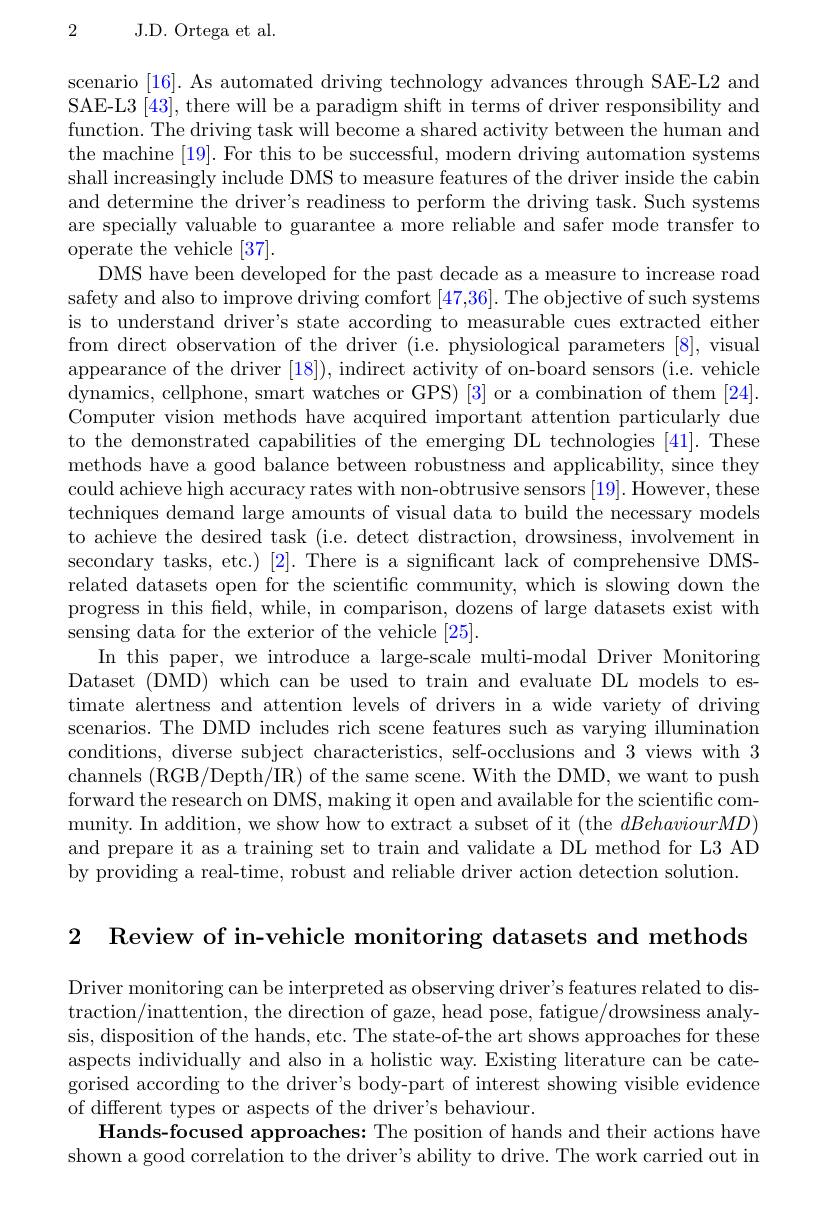
2

J.D. Ortega et al.

scenario [16]. As automated driving technology advances through SAE-L2 and SAE-L3 [43], there will be a paradigm shift in terms of driver responsibility and function. The driving task will become a shared activity between the human and the machine [19]. For this to be successful, modern driving automation systems shall increasingly include DMS to measure features of the driver inside the cabin and determine the driver's readiness to perform the driving task. Such systems are specially valuable to guarantee a more reliable and safer mode transfer to operate the vehicle [37].
DMS have been developed for the past decade as a measure to increase road safety and also to improve driving comfort [47,36]. The objective of such systems is to understand driver's state according to measurable cues extracted either from direct observation of the driver (i.e. physiological parameters [8], visual appearance of the driver [18]), indirect activity of on-board sensors (i.e. vehicle dynamics, cellphone, smart watches or GPS) [3] or a combination of them [24]. Computer vision methods have acquired important attention particularly due to the demonstrated capabilities of the emerging DL technologies [41]. These methods have a good balance between robustness and applicability, since they could achieve high accuracy rates with non-obtrusive sensors [19]. However, these techniques demand large amounts of visual data to build the necessary models to achieve the desired task (i.e. detect distraction, drowsiness, involvement in secondary tasks, etc.) [2]. There is a significant lack of comprehensive DMSrelated datasets open for the scientific community, which is slowing down the progress in this field, while, in comparison, dozens of large datasets exist with sensing data for the exterior of the vehicle [25].
In this paper, we introduce a large-scale multi-modal Driver Monitoring Dataset (DMD) which can be used to train and evaluate DL models to estimate alertness and attention levels of drivers in a wide variety of driving scenarios. The DMD includes rich scene features such as varying illumination conditions, diverse subject characteristics, self-occlusions and 3 views with 3 channels (RGB/Depth/IR) of the same scene. With the DMD, we want to push forward the research on DMS, making it open and available for the scientific community. In addition, we show how to extract a subset of it (the $dBehaviourMD)$ and prepare it as a training set to train and validate a DL method for L3 AD by providing a real-time, robust and reliable driver action detection solution.

2 Review of in-vehicle monitoring datasets and methods

Driver monitoring can be interpreted as observing driver's features related to distraction/inattention, the direction of gaze, head pose, fatigue/drowsiness analysis, disposition of the hands, etc. The state-of-the art shows approaches for these aspects individually and also in a holistic way. Existing literature can be categorised according to the driver's body-part of interest showing visible evidence of different types or aspects of the driver's behaviour.
Hands-focused approaches: The position of hands and their actions have shown a good correlation to the driver's ability to drive. The work carried out in